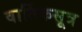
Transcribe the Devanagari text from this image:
वार्तिकसूत्र